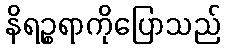
နိရဉ္စရာကိုပြောသည်